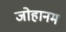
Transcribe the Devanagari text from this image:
जोहानम